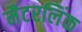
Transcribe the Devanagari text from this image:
मैटरलिंक